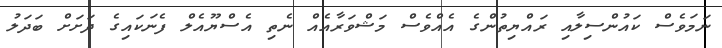
ނަމަވެސް ކައުންސިލާއި ރައްޔިތުންގެ އެއްވެސް މަޝްވަރާއެއް ނެތި އެސްޔޫއެލް ފެނަކައިގެ ދަށަށް ބަދަލު